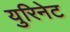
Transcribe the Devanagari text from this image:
युरिनेट